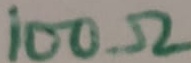
Text: 100Ω